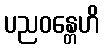
ပညဝန္တေဟိ